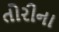
તોરીના